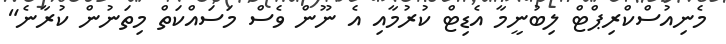
މެނިއުސްކްރިޕްޓް ލިބުނީމާ އެޑިޓް ކުރުމާއި އެ ނޫން ވެސް މަސައްކަތް މިތަނުން ކުރާނެ"